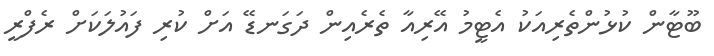
ބޫޓާން ކުޅުންތެރިއަކު އެޓީމު އޭރިއާ ތެރެއިން ދަަގަނޑޭ އަށް ކުރި ފައުލަކަށް ރެފްރީ